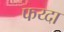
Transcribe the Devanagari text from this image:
फय्दा